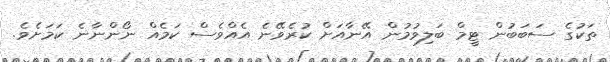
ތަކުގެ ސަބަބުން ޓީމް ބަލިވުމުން އޭނާއަށް ކުރެވޭނެ އެއްވެސް ކަމެއް ނޯންނާނެ ކަމަށެވެ.